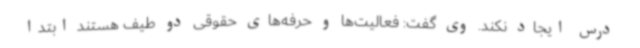
درس ایجاد نکند. وی گفت: فعالیت‌ها و حرفه‌های حقوقی دو طیف هستند ابتدا